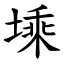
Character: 塖